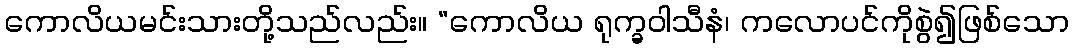
ကောလိယမင်းသားတို့သည်လည်း။ “ကောလိယ ရုက္ခဝါသီနံ၊ ကလောပင်ကိုစွဲ၍ဖြစ်သော